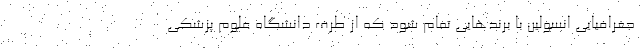
جغرافیایی انسولین با برندهایی تمام شود که از طرف دانشگاه علوم پزشکی